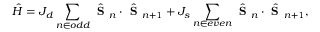
\hat { H } = J _ { d } \sum _ { n \in o d d } \hat { \textbf { S } } _ { n } \cdot \hat { { \textbf { S } } } _ { n + 1 } + J _ { s } \sum _ { n \in e v e n } \hat { \textbf { S } } _ { n } \cdot \hat { \textbf { S } } _ { n + 1 } ,